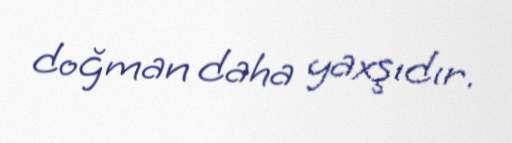
doğman daha yaxşıdır.